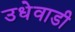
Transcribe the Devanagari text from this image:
उधेवाडी